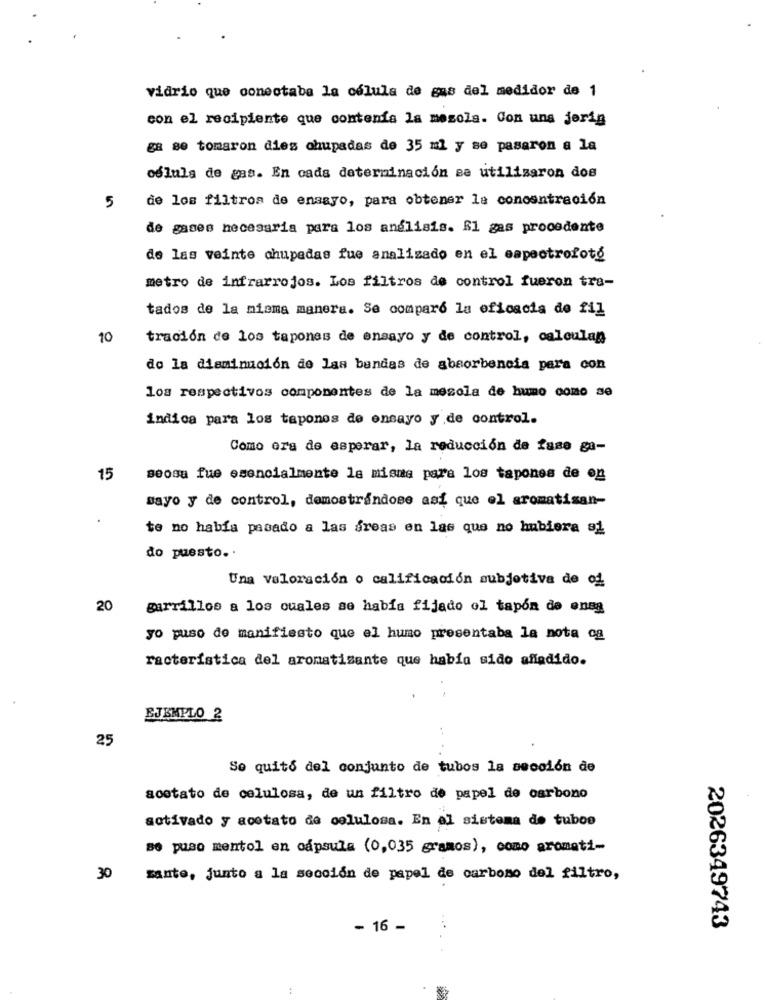
vidrio que conectabe la célula de gas del medidor de 1
con el recipiente que contenfa la mesola. Con uns jorig
ga se tomaron dies chupadas de 35 ml y se pasaron a la
oślula de gas. En cada determinación se utilizaron dos
de los filtros de ensayo, para obtener la concentración
5
de gases necesaria para los análisis. fl gas procedente
de las veinte chupadas fue analizado en el espectrofoto
metro de infrarrojos. Los filtros de control fueron tra-
tados de la misma manera. Se comparó la eficacia de fil
10
tración de los tapones de ensayo y de control, calculan
do la disminución de las bandas de absorbencia para con
los respectivos componentes de la mesola de humo como se
indica para los tapones de ensayo y de control.
Como era de esperar, la reducción de fase ga-
15
seosa fue esencialmente la misma para los tapones de on
mayo y de control, demostrandose asi que el aromatisan-
te no había pasado a las areas en las que no hubiera a1
do puesto ..
Una Valoración o calificación subjetiva de of
20
garrillos a los cuales se había fijado ol tapón de ones
yo puso de manifiesto que el humo presentaba la nota ca
racteristica del aromatizante que había sido affadido.
EJEMPLO 2
25
So quito del conjunto de tubos la sección de
acetato de celulosa, de un filtro de papel de carbono
sotivado y acetato de celulosa. En al sistema de tubos
se puso mentol en cápsula (0,035 gramos), como aromati-
30
sante, junto a la sección de papel de carbono del filtro,
- 16 -
2026349743
: